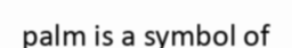
palm is a symbol of